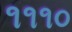
૧૧૧૦